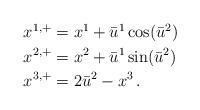
LaTeX: \begin{align*}\begin{aligned}x^{1,+} & =x^{1}+\bar{u}^{1}\cos(\bar{u}^{2})\\x^{2,+} & =x^{2}+\bar{u}^{1}\sin(\bar{u}^{2})\\x^{3,+} & =2\bar{u}^{2}-x^{3}\,.\end{aligned}\end{align*}